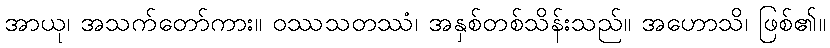
အာယု၊ အသက်တော်ကား။ ဝဿသတဿံ၊ အနှစ်တစ်သိန်းသည်။ အဟောသိ၊ ဖြစ်၏။